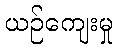
ယဉ်ကျေးမှု